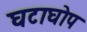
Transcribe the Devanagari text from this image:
घटाघोप